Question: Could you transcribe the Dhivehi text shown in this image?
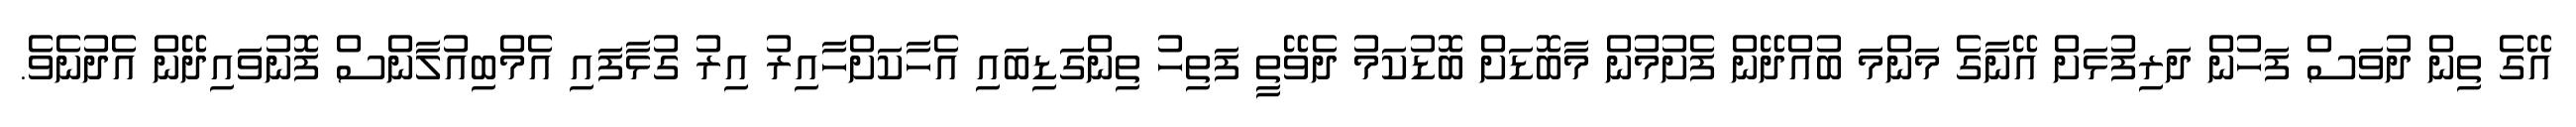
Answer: އޭގެ ތިން ދުވަސް ފަހުން ދަރިފުޅަށް އޭނާގެ މަންމަ ބުއްދޭން ފެށުމުން މާބޮޑަށް ބޮޑުކަމު ދެވޭތީ ފަތިހު ތިންގަޑިބައި އެހާކަށްހާއިރު އިރު ގުޅާފައި އެމްބިއުލާންސް ފޮނުވައިދޭން އެދުނެވެ.